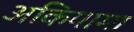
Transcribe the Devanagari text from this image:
अकियामा